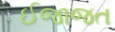
ઈજાજત